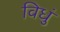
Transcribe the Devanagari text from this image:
विधुं